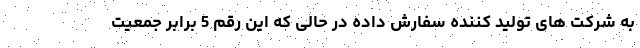
به شرکت های تولید کننده سفارش داده در حالی که این رقم 5 برابر جمعیت